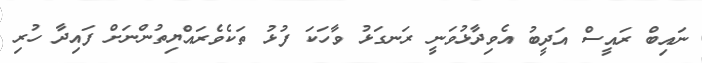
ނައިބް ރައީސް އަދީބު އެވިދާޅުވަނީ ރަނގަޅު ވާހަކަ ފުޅު ތަކެވެރައްޔިތުންނަށް ފައިދާ ހުރި